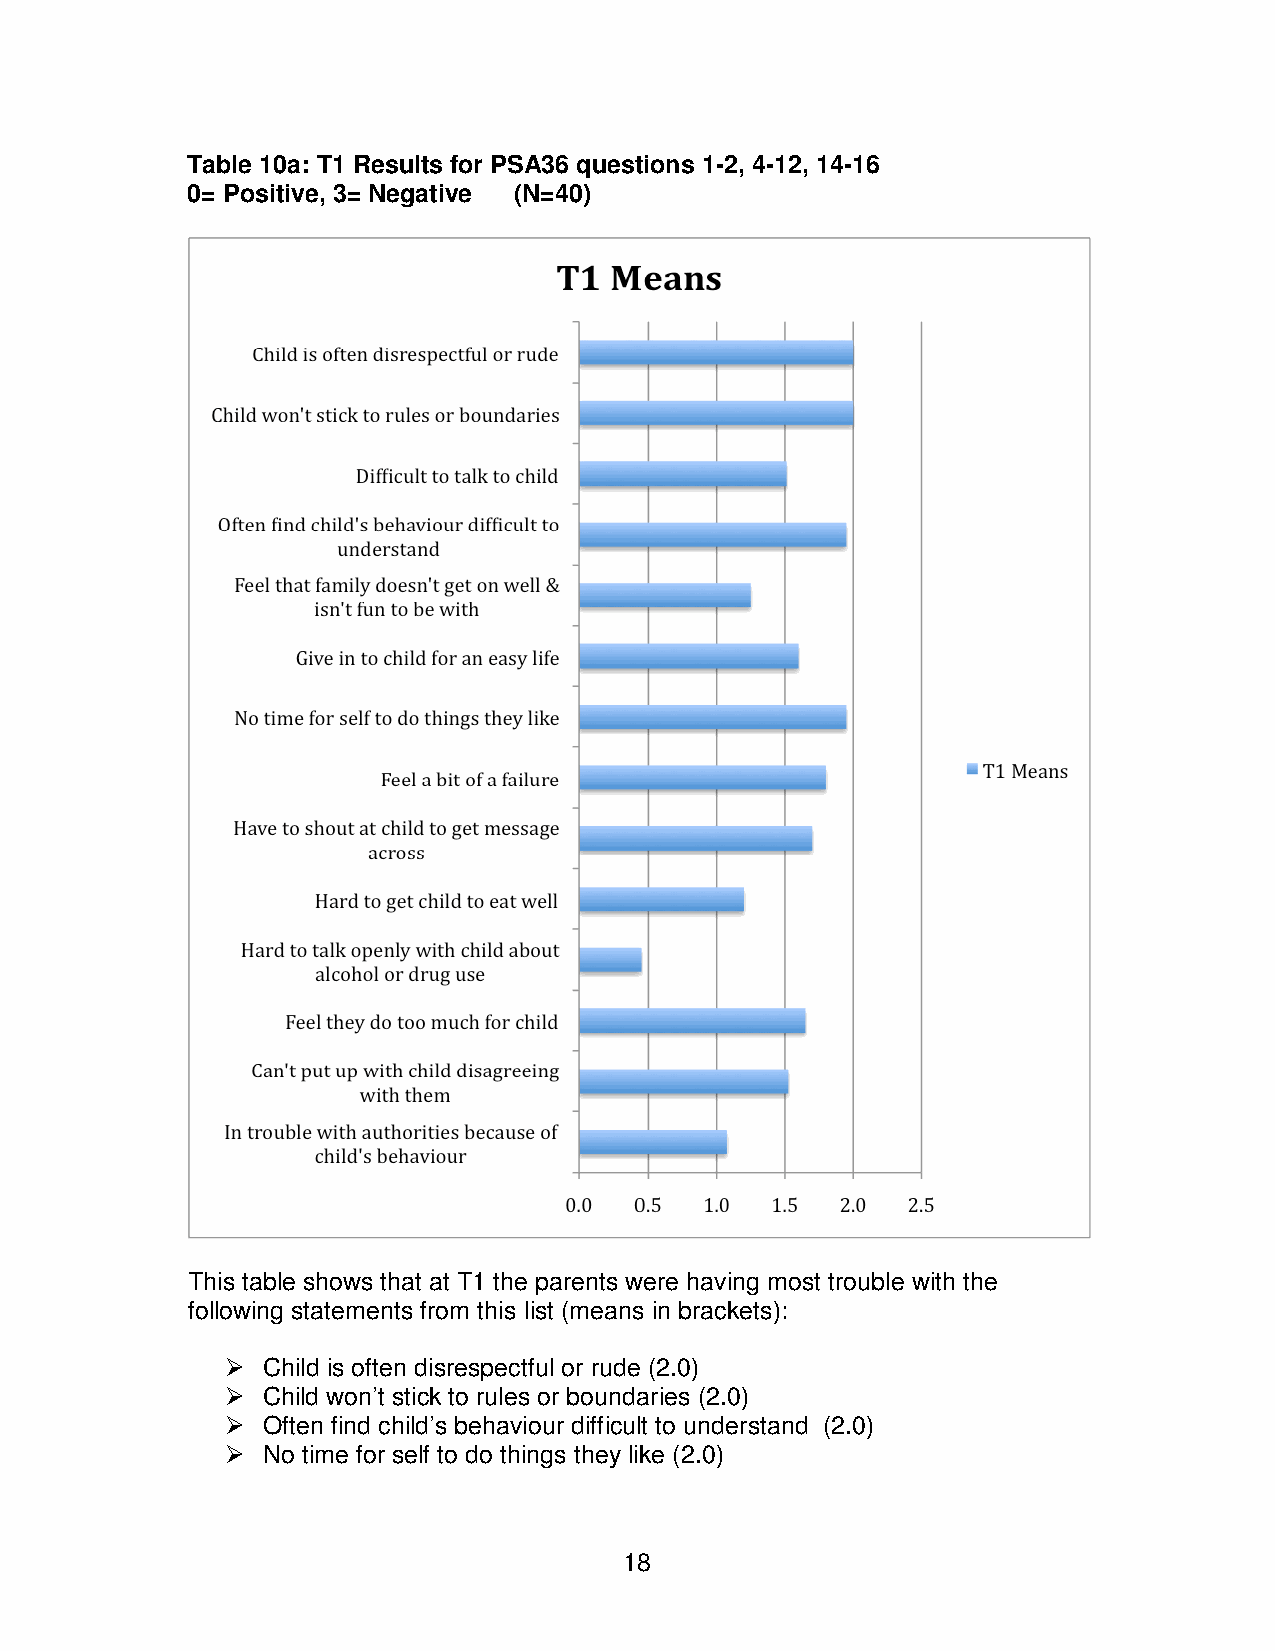
Table 10a: T1 Results for PSA36 questions 1-2, 4-12, 14-16
 0= Positive, 3= Negative (N=40)
 This table shows that at T1 the parents were having most trouble with the
 following statements from this list (means in brackets):
  Child is often disrespectful or rude (2.0)
  Child won’t stick to rules or boundaries (2.0)
  Often find child’s behaviour difficult to understand (2.0)
  No time for self to do things they like (2.0)
 18